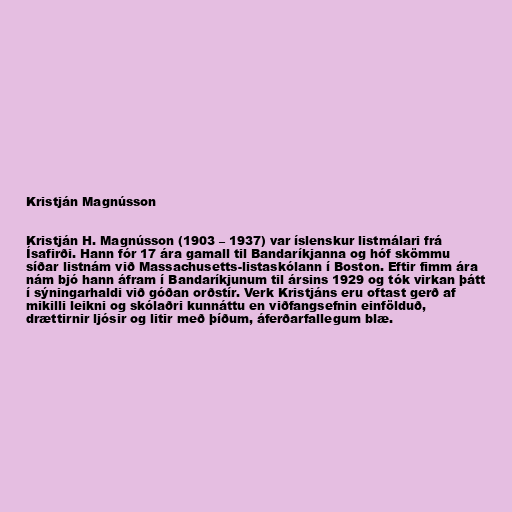
Kristján Magnússon

Kristján H. Magnússon (1903 – 1937) var íslenskur listmálari frá
Ísafirði. Hann fór 17 ára gamall til Bandaríkjanna og hóf skömmu
síðar listnám við Massachusetts-listaskólann í Boston. Eftir fimm ára
nám bjó hann áfram í Bandaríkjunum til ársins 1929 og tók virkan þátt
í sýningarhaldi við góðan orðstír. Verk Kristjáns eru oftast gerð af
mikilli leikni og skólaðri kunnáttu en viðfangsefnin einfölduð,
drættirnir ljósir og litir með þíðum, áferðarfallegum blæ.